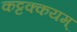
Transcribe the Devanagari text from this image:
कट्टक्कयम्